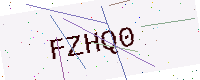
Text: FZHQ0